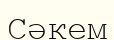
Сәкем